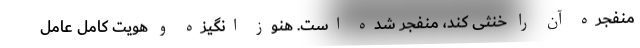
منفجره آن را خنثی کند، منفجر شده است. هنوز انگیزه و هویت کامل عامل